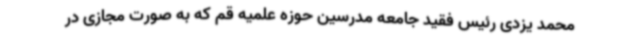
محمد یزدی رئیس فقید جامعه مدرسین حوزه علمیه قم که به صورت مجازی در